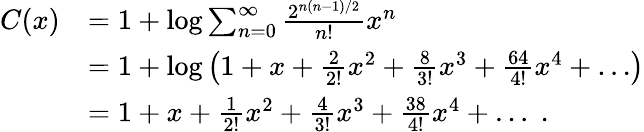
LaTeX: \begin{array}{rl}{C(x)}&{=1+\log\sum_{n=0}^{\infty}\frac{2^{n(n-1)/2}}{n!}x^{n}}\\ &{=1+\log\left(1+x+\frac 2{2!}x^{2}+\frac 8{3!}x^{3}+\frac{64}{4!}x^{4}+\dotso\right)}\\ &{=1+x+\frac 1{2!}x^{2}+\frac 4{3!}x^{3}+\frac{38}{4!}x^{4}+\dotso\; .}\end{array}